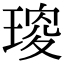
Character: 𤧯